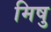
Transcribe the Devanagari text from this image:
मिषु